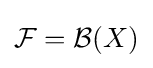
{\mathcal {F}}={\mathcal {B}}(X)